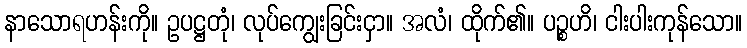
နာသောရဟန်းကို။ ဥပဋ္ဌတုံ၊ လုပ်ကျွေးခြင်းငှာ။ အလံ၊ ထိုက်၏။ ပဉ္စဟိ၊ ငါးပါးကုန်သော။